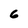
Character: 6